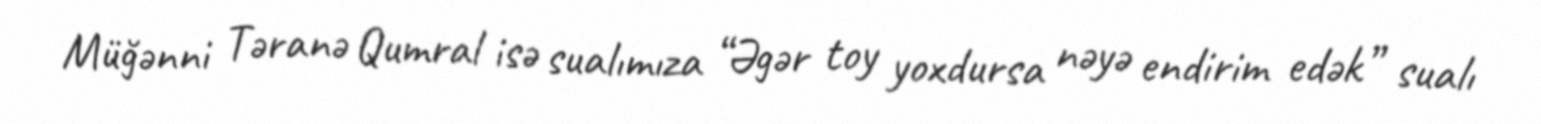
Müğənni Təranə Qumral isə sualımıza “Əgər toy yoxdursa nəyə endirim edək” sualı